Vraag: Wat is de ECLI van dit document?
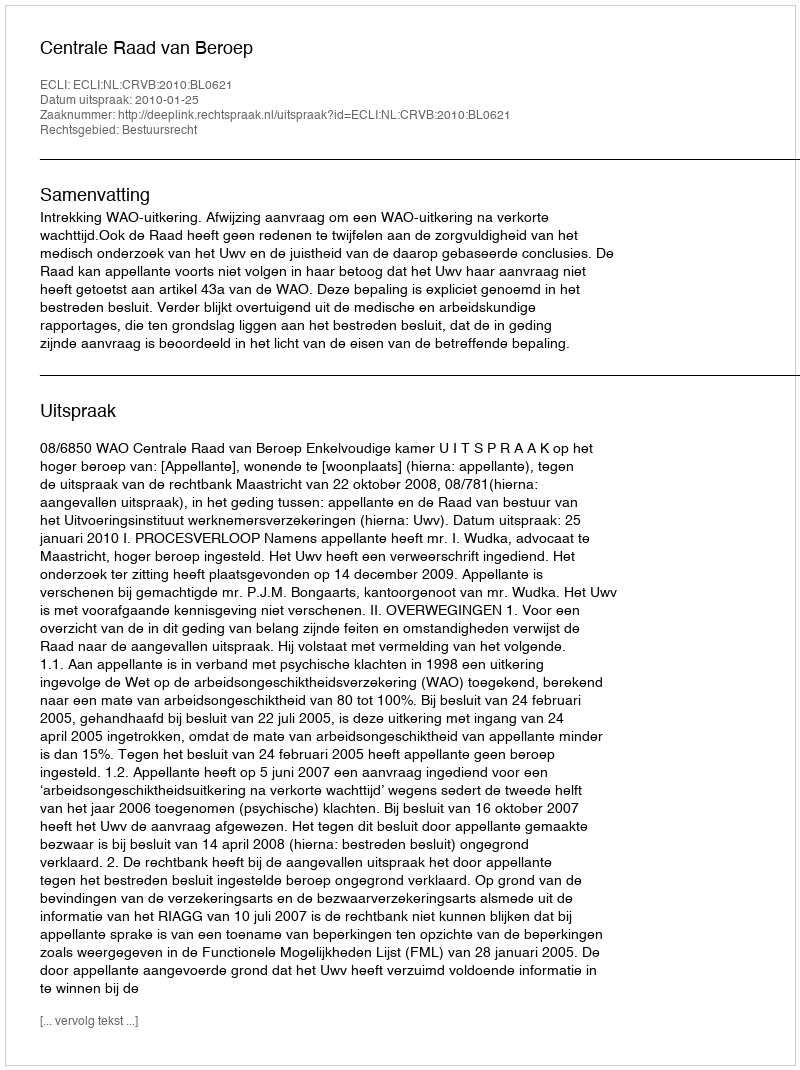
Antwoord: ECLI:NL:CRVB:2010:BL0621